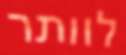
לוותר